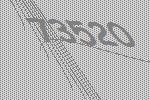
73520